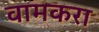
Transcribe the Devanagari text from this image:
वामकरा